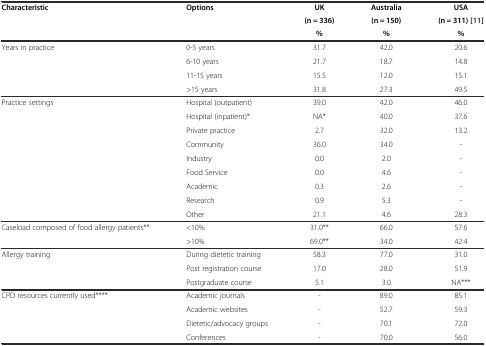
| <ROWSPAN=2> Characteristic | <ROWSPAN=2> Options | UK | Australia | USA |
 | (n = 336) | (n = 150) | (n = 311) [[11]] |
 |  |  | % | % | % |
 | --- | --- | --- | --- | --- |
 | <ROWSPAN=4> Years in practice | 0-5 years | 31.7 | 42.0 | 20.6 |
 | 6-10 years | 21.7 | 18.7 | 14.8 |
 | 11-15 years | 15.5 | 12.0 | 15.1 |
 | >15 years | 31.8 | 27.3 | 49.5 |
 | <ROWSPAN=9> Practice settings | Hospital (outpatient) | 39.0 | 42.0 | 46.0 |
 | Hospital (inpatient)* | NA* | 40.0 | 37.6 |
 | Private practice | 2.7 | 32.0 | 13.2 |
 | Community | 36.0 | 34.0 | - |
 | Industry | 0.0 | 2.0 | - |
 | Food Service | 0.0 | 4.6 | - |
 | Academic | 0.3 | 2.6 | - |
 | Research | 0.9 | 5.3 | - |
 | Other | 21.1 | 4.6 | 28.3 |
 | <ROWSPAN=2> Caseload composed of food allergy patients** | <10% | 31.0** | 66.0 | 57.6 |
 | >10% | 69.0** | 34.0 | 42.4 |
 | <ROWSPAN=3> Allergy training | During dietetic training | 58.3 | 77.0 | 31.0 |
 | Post registration course | 17.0 | 28.0 | 51.9 |
 | Postgraduate course | 5.1 | 3.0 | NA*** |
 | <ROWSPAN=4> CPD resources currently used**** | Academic journals | - | 89.0 | 85.1 |
 | Academic websites | - | 52.7 | 59.3 |
 | Dietetic/advocacy groups | - | 70.1 | 72.0 |
 | Conferences | - | 70.0 | 56.0 |